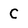
Character: C